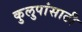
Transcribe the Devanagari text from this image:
कुलुपांसाठी